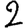
Digit: 2